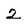
Character: 2